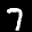
Label: 7